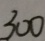
3 0 0